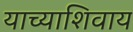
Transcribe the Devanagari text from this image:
याच्याशिवाय